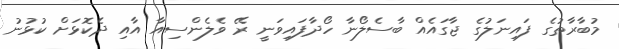
މުބާރާތުގެ ފައިނަލުގެ ޖާގައެއް ބާސެލޯނާ ހޯދާފައިވަނީ ރޭ ވެލެންސިއާ އާއި ދެކޮޅަށް ކުޅުނު